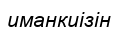
иманкиізін